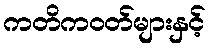
ကတိကဝတ်များနှင့်